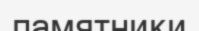
памятники